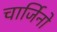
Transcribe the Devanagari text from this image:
चार्जिनो